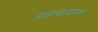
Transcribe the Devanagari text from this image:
अध्यनाध्यापन